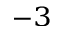
^ { - 3 }